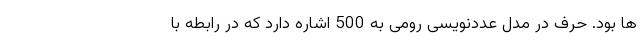
ها بود. حرف در مدل عددنویسی رومی به 500 اشاره دارد که در رابطه با